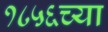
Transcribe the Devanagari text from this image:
१८५६च्या